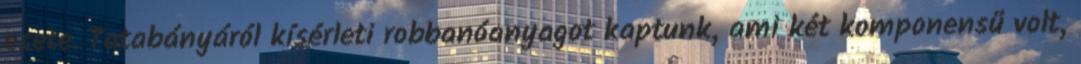
esete. Tatabányáról kísérleti robbanóanyagot kaptunk, ami két komponensű volt,